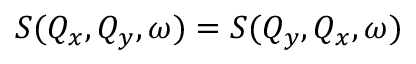
S ( Q _ { x } , Q _ { y } , \omega ) = S ( Q _ { y } , Q _ { x } , \omega )